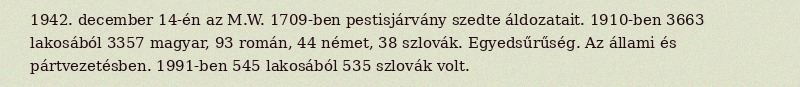
1942. december 14-én az M.W. 1709-ben pestisjárvány szedte áldozatait. 1910-ben 3663 lakosából 3357 magyar, 93 román, 44 német, 38 szlovák. Egyedsűrűség. Az állami és pártvezetésben. 1991-ben 545 lakosából 535 szlovák volt.